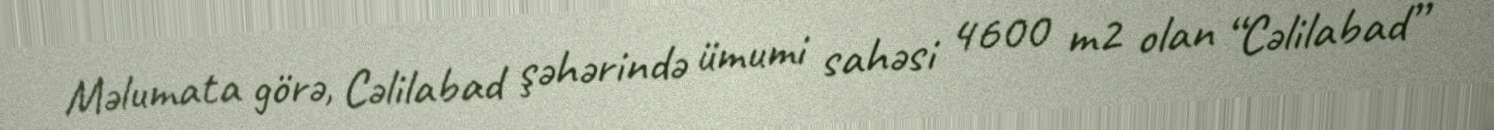
Məlumata görə, Cəlilabad şəhərində ümumi sahəsi 4600 m2 olan “Cəlilabad”